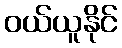
ဝယ်ယူနိုင်